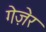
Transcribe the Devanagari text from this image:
गेज़ेर